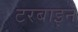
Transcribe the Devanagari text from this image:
टरबाइने